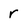
Character: r